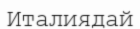
Италиядай